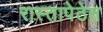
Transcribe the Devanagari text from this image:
रास्तापेठेत